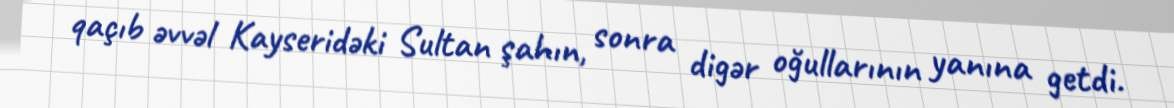
qaçıb əvvəl Kayseridəki Sultan şahın, sonra digər oğullarının yanına getdi.